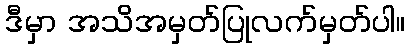
ဒီမှာ အသိအမှတ်ပြုလက်မှတ်ပါ။